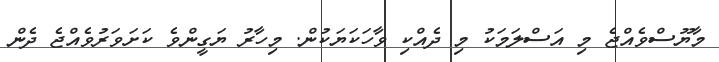
މާޔޫސްވެއްޖެ މި އަސްލަމަކު މި ދެއްކި ވާހަކަޔަކުން. މިހާރު ޔަގީންވެ ކަށަވަރުވެއްޖެ ދެން